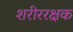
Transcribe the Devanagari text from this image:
शरीररक्षक